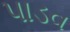
પાડવ